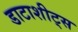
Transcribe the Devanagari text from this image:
डाटाशीट्स